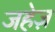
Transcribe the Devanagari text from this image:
जहेज़